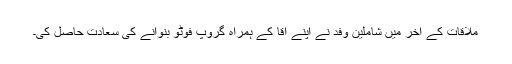
ملاقات کے آخر میں شاملینِ وفد نے اپنے آقا کے ہمراہ گروپ فوٹو بنوانے کی سعادت حاصل کی۔